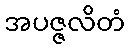
အပဇ္ဇလိတံ